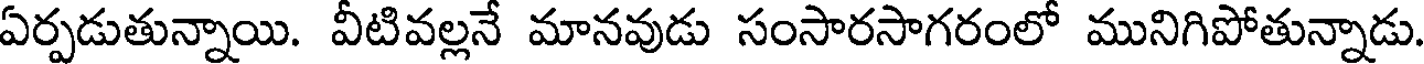
ఏర్పడుతున్నాయి. వీటివల్లనే మానవుడు సంసారసాగరంలో మునిగిపోతున్నాడు